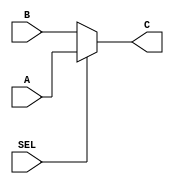
module MUX #( parameter  width = 32)(
input   wire    [width - 1:0]  A, //1
input   wire    [width - 1:0]  B, //0
input   wire                   SEL,
output  reg     [width - 1:0]  C
);

always@(*)
begin
    if(SEL)
        C = A;
    else
        C = B;    
end
endmodule